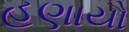
હણાયો